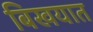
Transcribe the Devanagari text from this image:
बिखयात